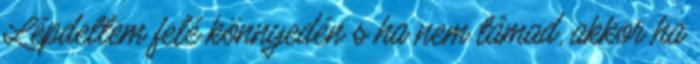
Lépdeltem felé könnyedén s ha nem támad, akkor ha